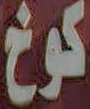
كوخ